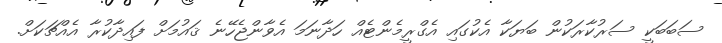
ސަބަބަކީ ސަރުކާރަކުން ބަޔަކާ އެކުގައި އެގްރީމެންޓެއް ހަދާނަމަ އެވާންޖެހޭނެ ޤައުމަށް ފައިދާކުރާ އެއްޗަކަށް.